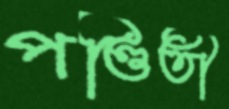
পণ্ডিতী